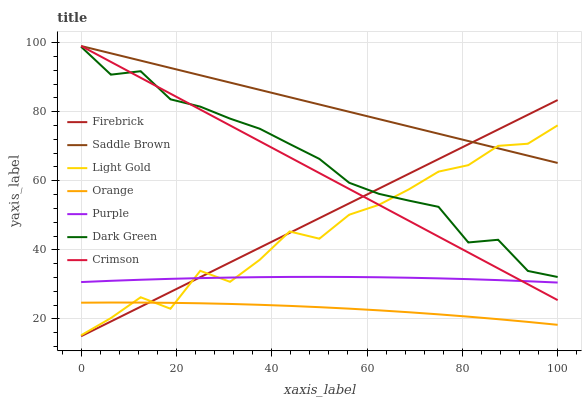
| xaxis_label | Firebrick | Saddle Brown | Light Gold | Orange | Purple | Dark Green | Crimson |
 | --- | --- | --- | --- | --- | --- | --- | --- |
 | 0 | 15 | 99 | 15.3 | 24.7 | 30.7 | 98.8 | 99 |
 | 6.25 | 19.3 | 96.9 | 20.3 | 24.8 | 31 | 90.7 | 94.4 |
 | 12.5 | 23.5 | 94.8 | 26.3 | 24.7 | 31.4 | 91.7 | 89.8 |
 | 18.8 | 27.8 | 92.7 | 23 | 24.7 | 31.6 | 83.6 | 85.2 |
 | 25 | 32.1 | 90.5 | 33.9 | 24.5 | 31.8 | 81.5 | 80.6 |
 | 31.2 | 36.4 | 88.4 | 30.8 | 24.4 | 32 | 78 | 76 |
 | 37.5 | 40.6 | 86.3 | 37.1 | 24.1 | 32.1 | 75.1 | 71.4 |
 | 43.8 | 44.9 | 84.2 | 45.3 | 23.8 | 32.2 | 70.6 | 66.8 |
 | 50 | 49.2 | 82.1 | 43.2 | 23.4 | 32.2 | 66.3 | 62.2 |
 | 56.2 | 53.5 | 80 | 50.2 | 23 | 32.2 | 59.4 | 57.6 |
 | 62.5 | 57.7 | 77.8 | 53 | 22.5 | 32.1 | 56.2 | 53 |
 | 68.8 | 62 | 75.7 | 57.5 | 21.9 | 31.9 | 54.3 | 48.4 |
 | 75 | 66.3 | 73.6 | 62.6 | 21.3 | 31.8 | 52.5 | 43.8 |
 | 81.2 | 70.5 | 71.5 | 64.5 | 20.7 | 31.5 | 42.1 | 39.2 |
 | 87.5 | 74.8 | 69.4 | 70.1 | 19.9 | 31.2 | 42.9 | 34.6 |
 | 93.8 | 79.1 | 67.3 | 70.7 | 19.2 | 30.9 | 33.9 | 30.1 |
 | 100 | 83.4 | 65.2 | 76 | 18.3 | 30.5 | 32.1 | 25.5 |